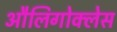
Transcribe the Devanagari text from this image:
औलिगोक्लेस